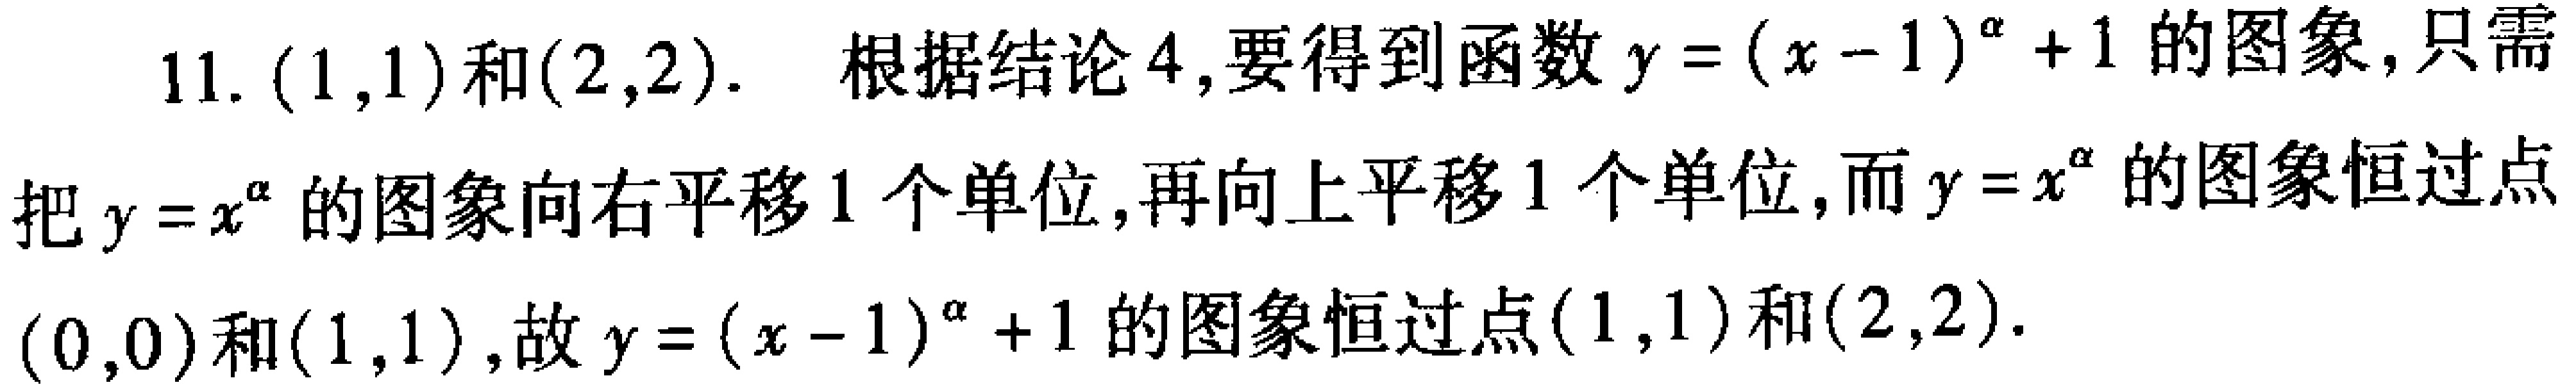
11. \((1,1)\)和\((2,2)\). 根据结论4,要得到函数\(y = (x - 1)^{\alpha}+1\)的图象,只需把\(y = x^{\alpha}\)的图象向右平移1个单位,再向上平移1个单位,而\(y = x^{\alpha}\)的图象恒过点\((0,0)\)和\((1,1)\),故\(y = (x - 1)^{\alpha}+1\)的图象恒过点\((1,1)\)和\((2,2)\).